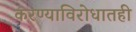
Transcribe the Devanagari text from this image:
करण्याविरोधातही